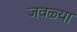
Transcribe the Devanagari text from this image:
जवळ्या